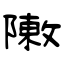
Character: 敶